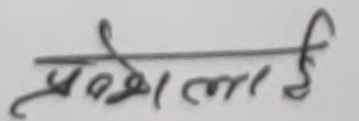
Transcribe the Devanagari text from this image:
प्रवेश लाई